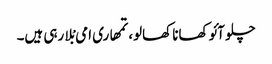
چلو آئو کھانا کھالو، تمھاری امی بْلا رہی ہیں۔